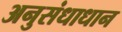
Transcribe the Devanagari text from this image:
अनुसंधाधान